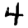
Digit: 4